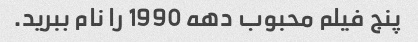
پنج فیلم محبوب دهه 1990 را نام ببرید.